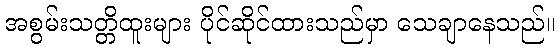
အစွမ်းသတ္တိထူးများ ပိုင်ဆိုင်ထားသည်မှာ သေချာနေသည်။